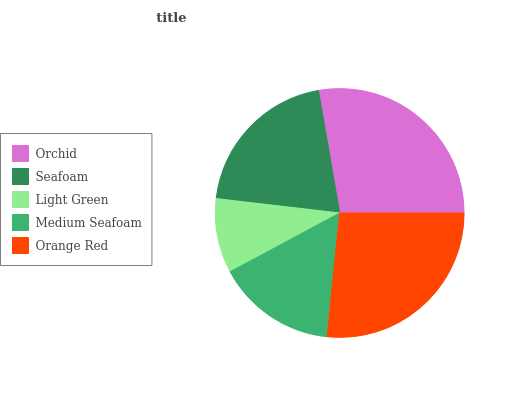
| Orchid | Seafoam | Light Green | Medium Seafoam | Orange Red |
 | --- | --- | --- | --- | --- |
 | 27.7% | 20.4% | 9.69% | 15.6% | 26.6% |